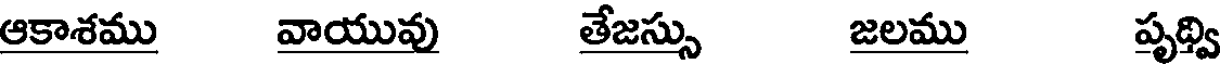
ఆకాశము వాయువు తేజస్సు జలము పృథ్వి